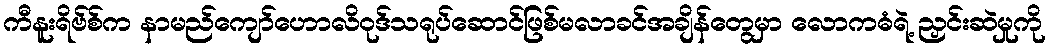
ကီနူးရိဗ်စ်က နာမည်ကျော်ဟောလိဝုဒ်သရုပ်ဆောင်ဖြစ်မလာခင်အချိန်တွေမှာ လောကဓံရဲ့ ညှင်းဆဲမှုကို